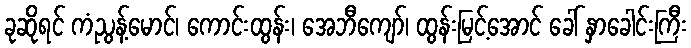
ခုဆိုရင် ကံညွန့်မောင်၊ ကောင်းထွန်း၊ အေဘီကျော်၊ ထွန်းမြင့်အောင် ခေါ် နှာခေါင်းကြီး